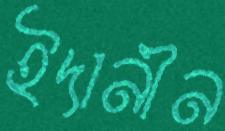
ইদানীন